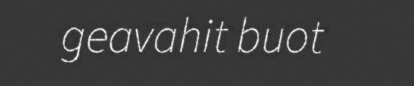
geavahit buot